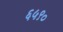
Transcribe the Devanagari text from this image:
६५९०